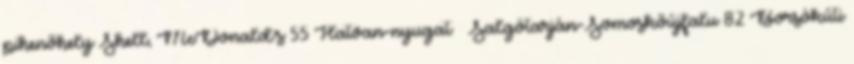
pihenőhely Shell, McDonald’s 55 Hatvan-nyugat Salgótarján-Somoskőújfalu 82 Borsókúti